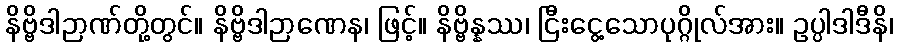
နိဗ္ဗိဒါဉာဏ်တို့တွင်။ နိဗ္ဗိဒါဉာဏေန၊ ဖြင့်။ နိဗ္ဗိန္နဿ၊ ငြီးငွေ့သောပုဂ္ဂိုလ်အား။ ဥပ္ပါဒါဒီနိ၊